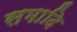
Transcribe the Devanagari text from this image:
समादि